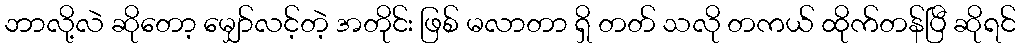
ဘာလို့လဲ ဆိုတော့ မျှော်လင့်တဲ့ အတိုင်း ဖြစ် မလာတာ ရှိ တတ် သလို တကယ် ထိုက်တန်ပြီ ဆိုရင်